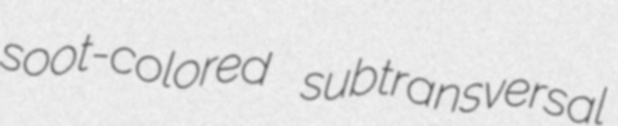
soot-colored subtransversal